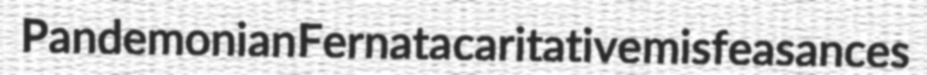
Pandemonian Fernata caritative misfeasances